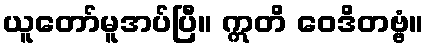
ယူတော်မူအပ်ပြီ။ ဣတိ ဝေဒိတဗ္ဗံ။